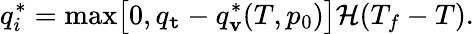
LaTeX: q_{i}^{*}=\operatorname*{max}\bigl[0,q_{\mathtt{t}}-q_{\mathbf{v}}^{*}(T,p_{0})\bigr]\mathcal{{H}}(T_{f}-T).